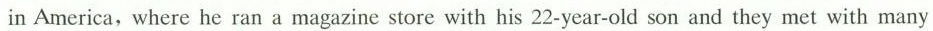
in America,where he ran a magazine store with his 22-year-old son and they met with many